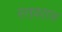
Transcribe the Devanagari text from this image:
स्तवराज